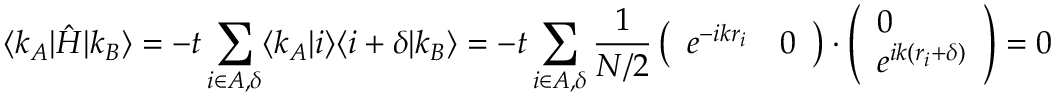
\langle k _ { A } | \hat { H } | k _ { B } \rangle = - t \sum _ { i \in A , \delta } \langle k _ { A } | i \rangle \langle i + \delta | k _ { B } \rangle = - t \sum _ { i \in A , \delta } \frac { 1 } { N / 2 } \left( \begin{array} { l l } { e ^ { - i k r _ { i } } } & { 0 } \end{array} \right) \cdot \left( \begin{array} { l } { 0 } \\ { e ^ { i k ( r _ { i } + \delta ) } } \end{array} \right) = 0